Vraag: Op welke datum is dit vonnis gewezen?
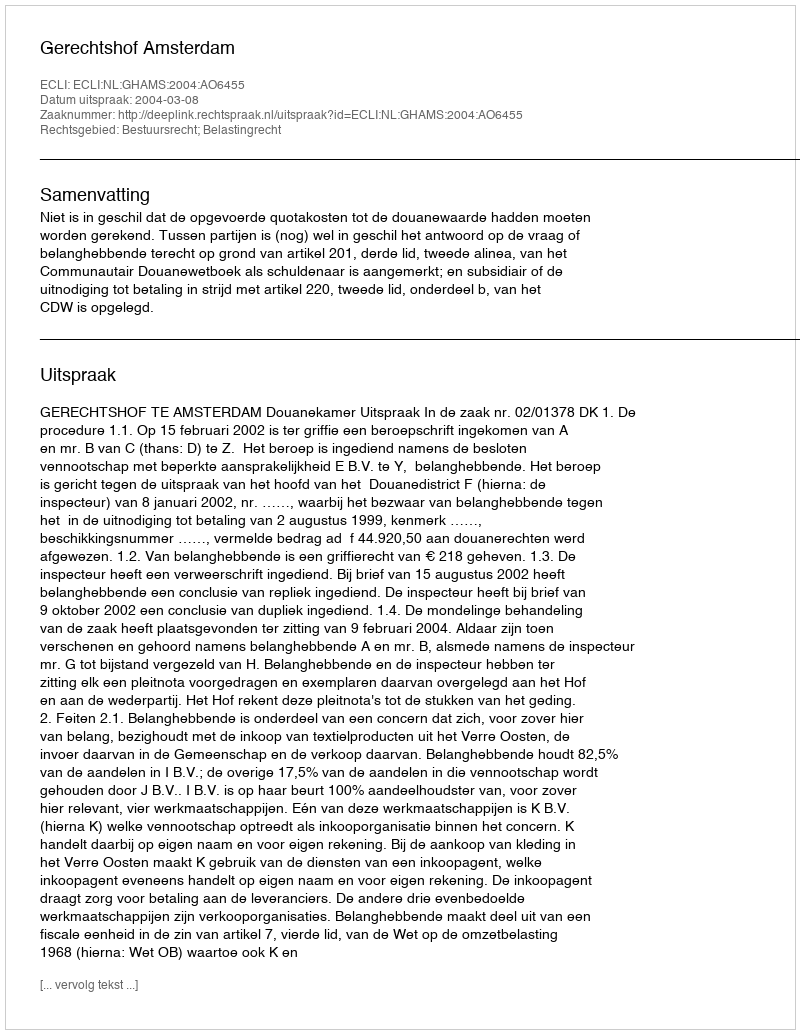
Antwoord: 2004-03-08